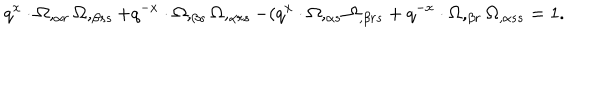
LaTeX: q ^ { x } \cdot \Omega , _ { \alpha r } \Omega , _ { \beta s s } + q ^ { - x } \cdot \Omega , _ { \beta s } \Omega , _ { \alpha r s } - ( q ^ { x } \cdot \Omega , _ { \alpha s } \Omega _ { , \beta r s } + q ^ { - x } \cdot \Omega , _ { \beta r } \Omega _ { , \alpha s s } = 1 .